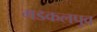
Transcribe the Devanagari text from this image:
मडकलपुव